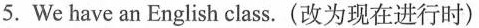
5.We have an English class.(改为现在进行时)